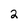
Character: 2